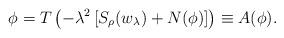
LaTeX: \begin{align*}\phi= T\left(-\lambda^2\left[S_{\rho}(w_{\lambda})+N(\phi)\right]\right)\equiv A(\phi) .\end{align*}